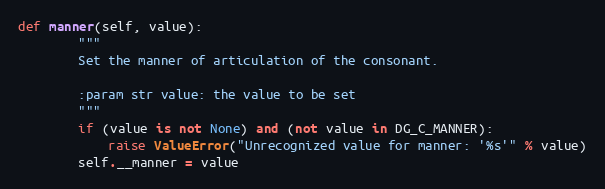
Language: Python
def manner(self, value):
        """
        Set the manner of articulation of the consonant.

        :param str value: the value to be set
        """
        if (value is not None) and (not value in DG_C_MANNER):
            raise ValueError("Unrecognized value for manner: '%s'" % value)
        self.__manner = value